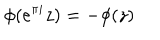
LaTeX: \phi ( e ^ { \pi i } z ) = - \phi ( z )